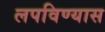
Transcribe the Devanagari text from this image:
लपविण्यास